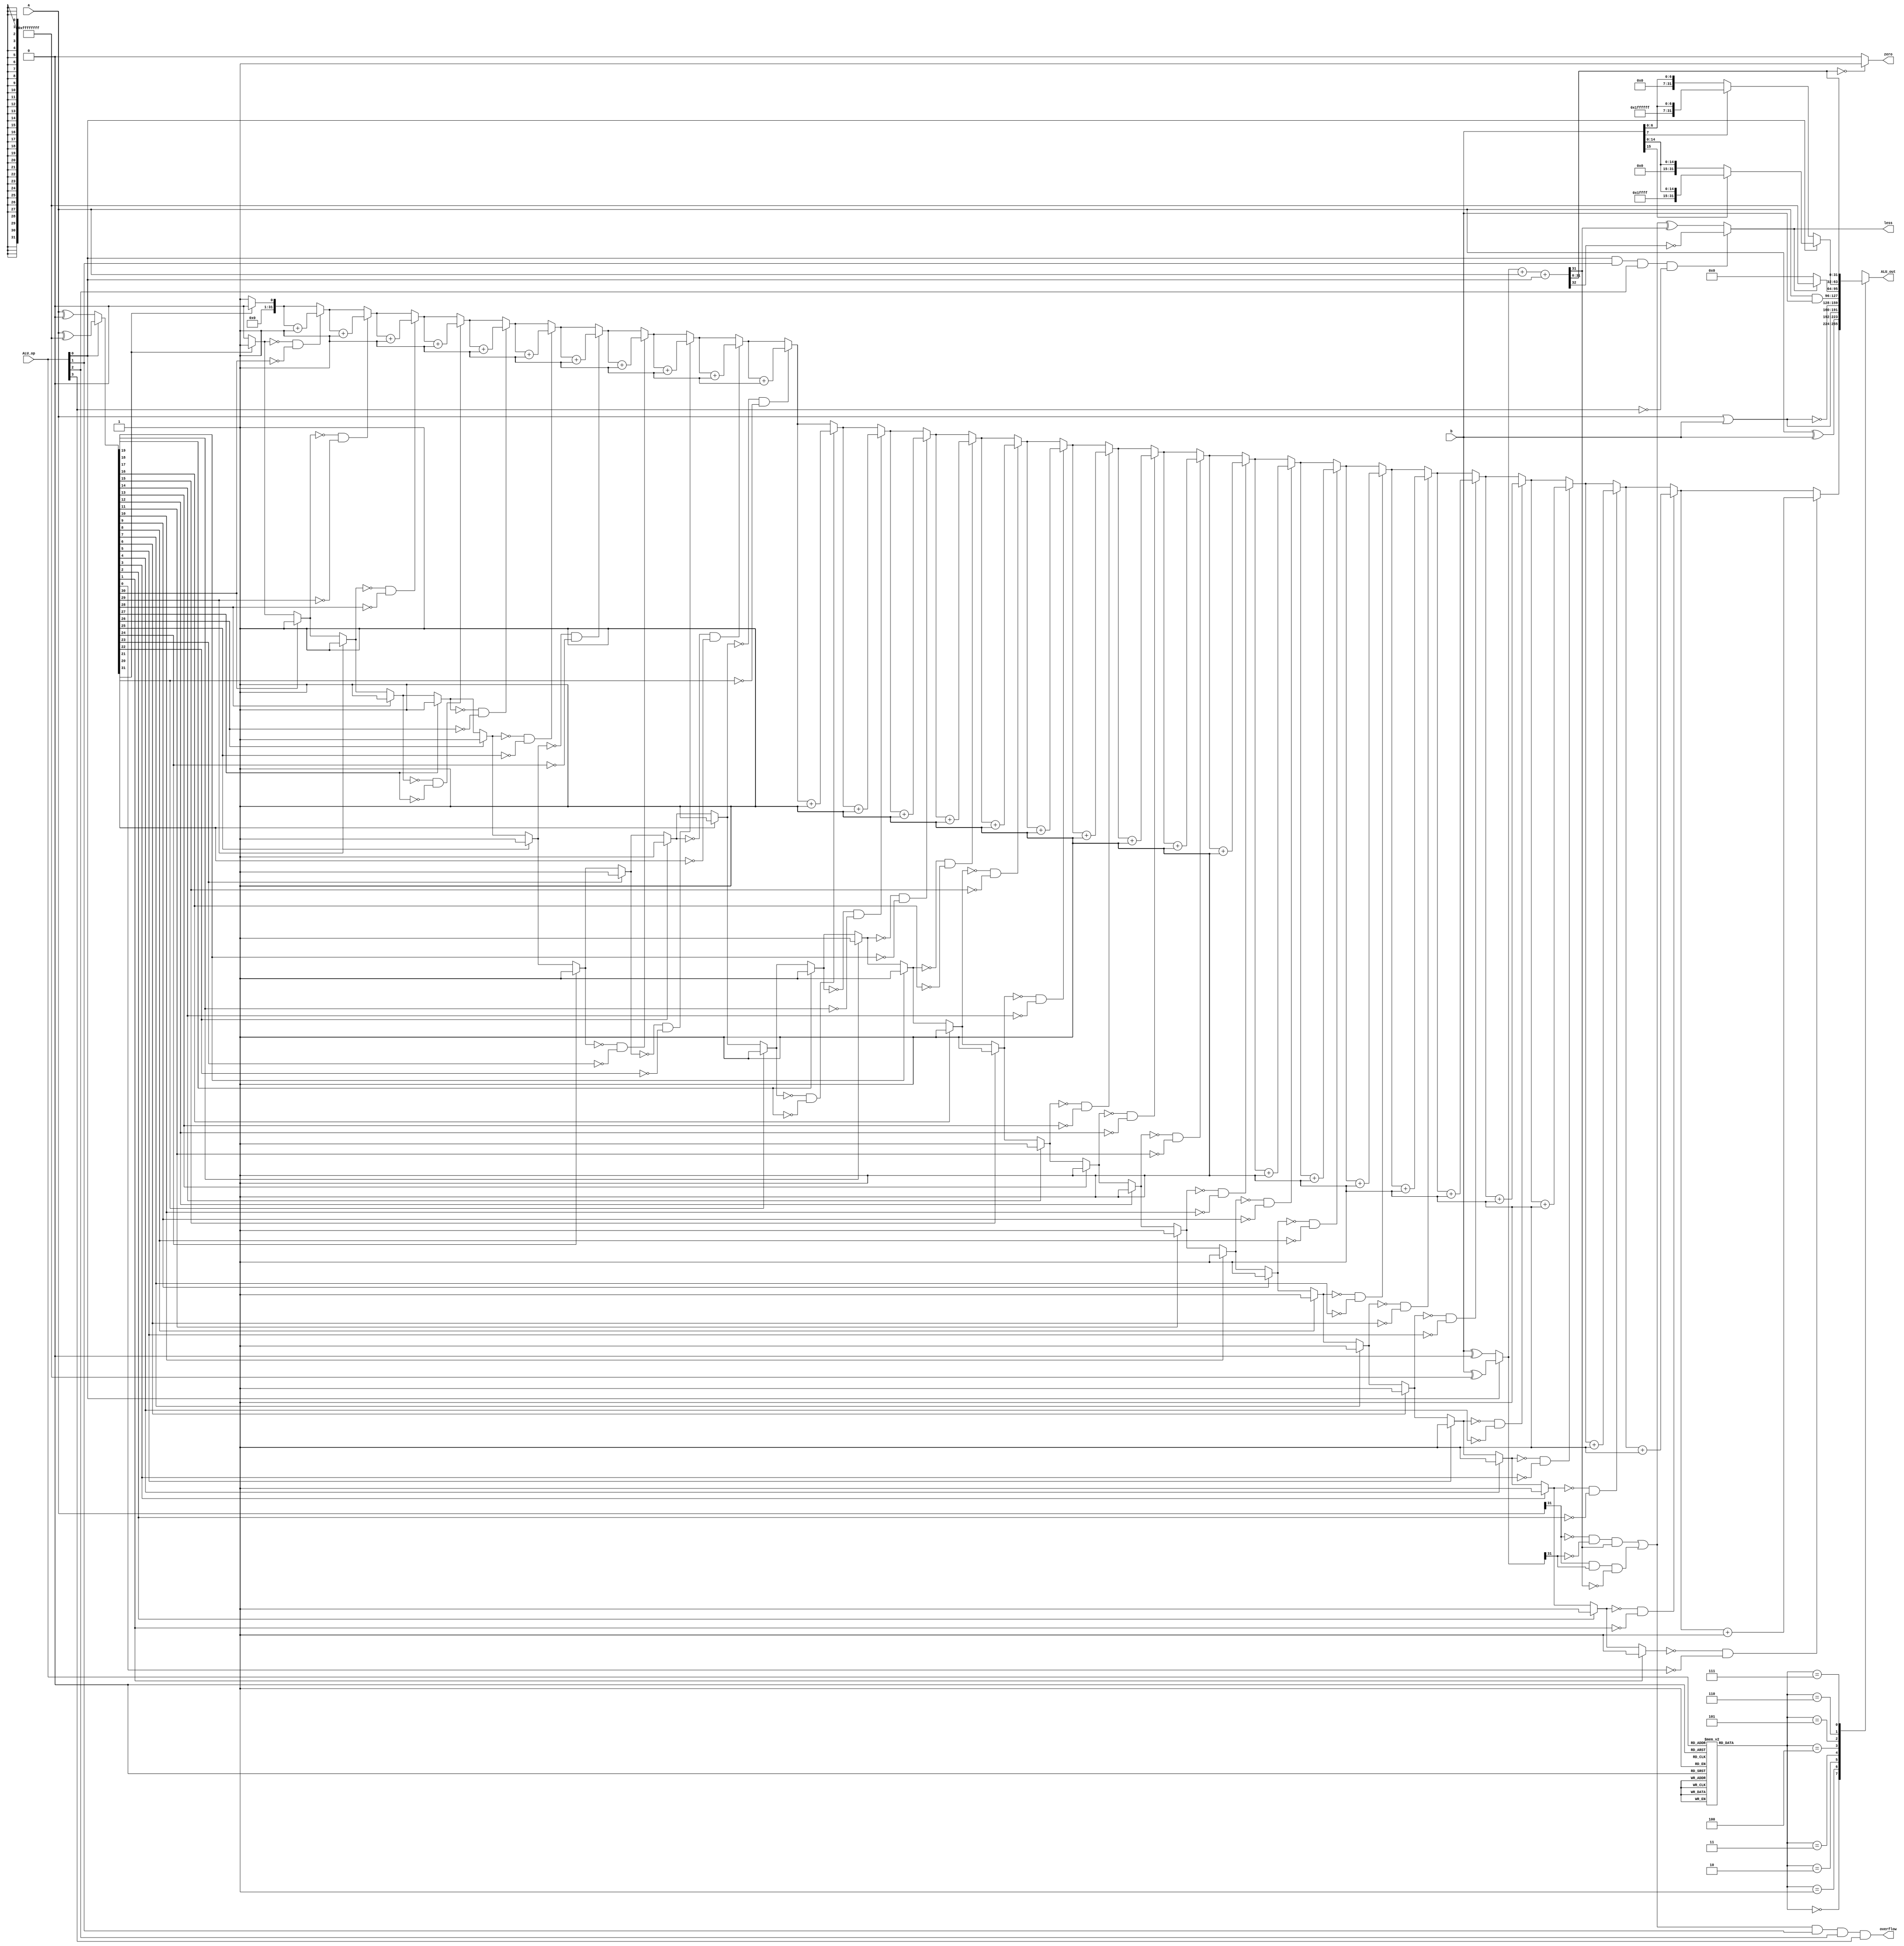
module ALU_25(
input [31:0] a,
input [31:0] b,
input [3:0] ALU_op,
output reg [31:0] ALU_out,
output reg less,
output reg zero,
output reg overflow
);
reg [2:0] ALU_ctr;
reg [31:0] result [7:0];
reg carry;
reg OF;
reg negative;
reg [31:0] temp;
reg [31:0] b_not;
reg flag;
integer i;
always@(*)
begin
case(ALU_op)  
4'b0000:ALU_ctr=3'b111;
4'b0001:ALU_ctr=3'b111;
4'b0010:ALU_ctr=3'b000;
4'b0011:ALU_ctr=3'b000;
4'b0100:ALU_ctr=3'b100;
4'b0101:ALU_ctr=3'b101;
4'b0110:ALU_ctr=3'b010;
4'b0111:ALU_ctr=3'b101;
4'b1000:ALU_ctr=3'b011;
4'b1001:ALU_ctr=3'b001;
4'b1010:ALU_ctr=3'b110;
4'b1011:ALU_ctr=3'b110;
4'b1110:ALU_ctr=3'b111;
4'b1111:ALU_ctr=3'b111;
default:ALU_ctr=3'b000;
endcase
if(ALU_op[0]==0)  
b_not=b^32'h00000000;
else
b_not=b^32'hffffffff;
{carry,result[7]}=b_not+a+ALU_op[0];
OF=((~a[31])&(~b_not[31])&result[7][31])|(a[31]&(b_not[31])&(~result[7][31]));
negative=result[7][31];
if(result[7]==32'b0)
zero=1;
else
zero=0;
overflow=OF&ALU_op[1]&&ALU_op[2]&&ALU_op[3];
if(ALU_op[0]&&ALU_op[1]&&ALU_op[2]&&(!ALU_op[3]))
less=!carry;
else
less=OF^negative;
if(ALU_op[0]==1) 
begin
if(b[15]==0)
result[6]={16'h0000,b[15:0]};
else
result[6]={16'hffff,b[15:0]};
end
else
begin
if(b[7]==0)
result[6]={24'h000000,b[7:0]};
else
result[6]={24'hffffff,b[7:0]};
end
if(less==0) 
result[5]=32'h00000000;
else
result[5]=32'hffffffff;
result[4]=a&b;
result[3]=~(a|b);
result[2]=(a|b);
result[1]=a^b;
if(ALU_op[0]==0) 
temp=a^32'h00000000;
else
temp=a^32'hffffffff;
result[0]=32'h00000000;
flag=0;
for(i=31;i>=0;i=i-1)
begin
if(flag==0&&temp[i]==0)
result[0]=result[0]+32'h00000001;
if(temp[i]==1)
flag=1;
end
ALU_out=result[ALU_ctr];
end
endmodule